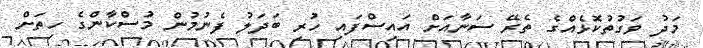
މަދު ވަގުތުކޮޅެއްގެ ތެރޭ ސަނާއަށް އައިސްފައި ހުރި ބަދަލު ފެނުމުން މުސްކާންގެ ހިތަށް